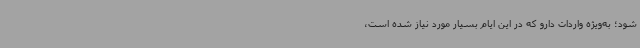
شود؛ به‌ویژه واردات دارو که در این ایام بسیار مورد نیاز شده است،